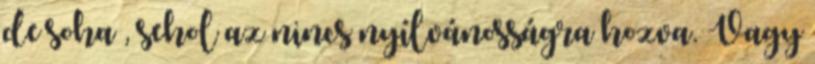
de soha , sehol az nincs nyílvánosságra hozva. Vagy